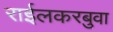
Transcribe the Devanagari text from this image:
राईलकरबुवा